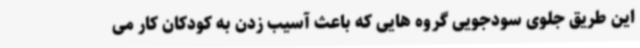
این طریق جلوی سودجویی گروه هایی که باعث آسیب زدن به کودکان کار می